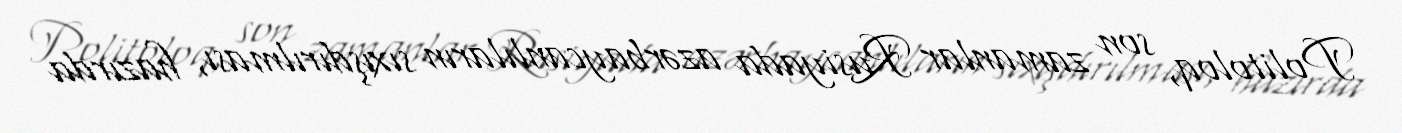
Politoloq, son zamanlar Rusiyada azərbaycanlıların sıxışdırılması, hazırda